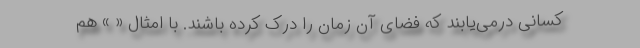
کسانی درمی‌یابند که فضای آن زمان را درک کرده باشند. با امثال « » هم